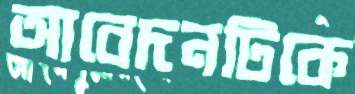
আবেদনটিকে